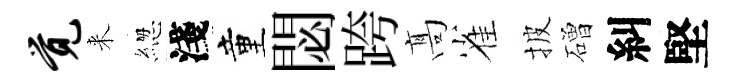
觉来緫淺童閟跨髙雀披磳糾堅